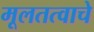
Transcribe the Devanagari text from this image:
मूलतत्वाचे